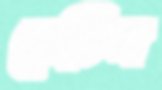
বেচিস